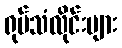
ရုပ်သံလိုင်းများ